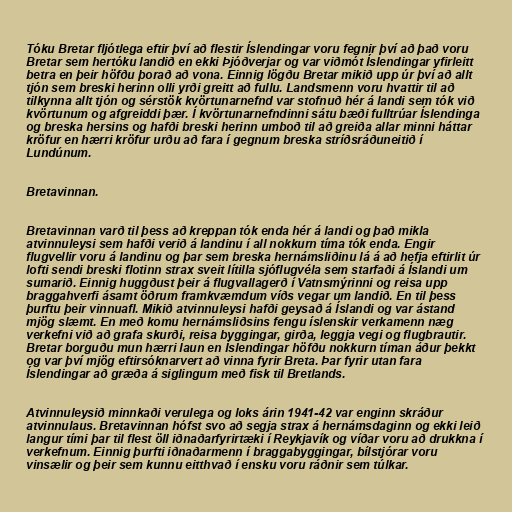
Tóku Bretar fljótlega eftir því að flestir Íslendingar voru fegnir því að það voru
Bretar sem hertóku landið en ekki Þjóðverjar og var viðmót Íslendingar yfirleitt
betra en þeir höfðu þorað að vona. Einnig lögðu Bretar mikið upp úr því að allt
tjón sem breski herinn olli yrði greitt að fullu. Landsmenn voru hvattir til að
tilkynna allt tjón og sérstök kvörtunarnefnd var stofnuð hér á landi sem tók við
kvörtunum og afgreiddi þær. Í kvörtunarnefndinni sátu bæði fulltrúar Íslendinga
og breska hersins og hafði breski herinn umboð til að greiða allar minni háttar
kröfur en hærri kröfur urðu að fara í gegnum breska stríðsráðuneitið í
Lundúnum.

Bretavinnan.

Bretavinnan varð til þess að kreppan tók enda hér á landi og það mikla
atvinnuleysi sem hafði verið á landinu í all nokkurn tíma tók enda. Engir
flugvellir voru á landinu og þar sem breska hernámsliðinu lá á að hefja eftirlit úr
lofti sendi breski flotinn strax sveit lítilla sjóflugvéla sem starfaði á Íslandi um
sumarið. Einnig huggðust þeir á flugvallagerð í Vatnsmýrinni og reisa upp
braggahverfi ásamt öðrum framkvæmdum víðs vegar um landið. En til þess
þurftu þeir vinnuafl. Mikið atvinnuleysi hafði geysað á Íslandi og var ástand
mjög slæmt. En með komu hernámsliðsins fengu íslenskir verkamenn næg
verkefni við að grafa skurði, reisa byggingar, girða, leggja vegi og flugbrautir.
Bretar borguðu mun hærri laun en Íslendingar höfðu nokkurn tíman áður þekkt
og var því mjög eftirsóknarvert að vinna fyrir Breta. Þar fyrir utan fara
Íslendingar að græða á siglingum með fisk til Bretlands.

Atvinnuleysið minnkaði verulega og loks árin 1941-42 var enginn skráður
atvinnulaus. Bretavinnan hófst svo að segja strax á hernámsdaginn og ekki leið
langur tími þar til flest öll iðnaðarfyrirtæki í Reykjavík og víðar voru að drukkna í
verkefnum. Einnig þurfti iðnaðarmenn í braggabyggingar, bílstjórar voru
vinsælir og þeir sem kunnu eitthvað í ensku voru ráðnir sem túlkar.